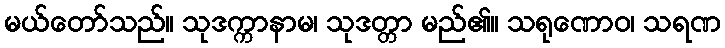
မယ်တော်သည်။ သုဒက္ကာနာမ၊ သုဒတ္တာ မည်၏။ သရုဏောဝ၊ သရဏ